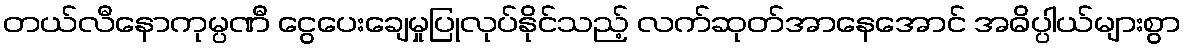
တယ်လီနောကုမ္ပဏီ ငွေပေးချေမှုပြုလုပ်နိုင်သည့် လက်ဆုတ်အာနေအောင် အဓိပ္ပါယ်များစွာ